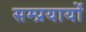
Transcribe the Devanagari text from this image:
सम्प्रयायों